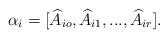
LaTeX: \begin{align*}\alpha_{i}=[\widehat{A}_{io},\widehat{A}_{i1},...,\widehat{A}_{ir}].\end{align*}